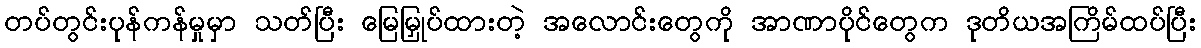
တပ်တွင်းပုန်ကန်မှုမှာ သတ်ပြီး မြေမြှုပ်ထားတဲ့ အလောင်းတွေကို အာဏာပိုင်တွေက ဒုတိယအကြိမ်ထပ်ပြီး